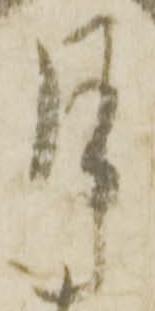
月